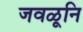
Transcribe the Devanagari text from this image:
जवळूनि